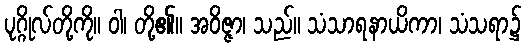
ပုဂ္ဂိုလ်တို့ကို။ ဝါ၊ တို့၏။ အဝိဇ္ဇာ၊ သည်။ သံသာရနာယိကာ၊ သံသရာ၌